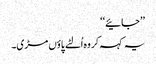
’’جائیے‘‘
یہ کہہ کر وہ اُلٹے پاؤں مڑی۔